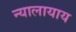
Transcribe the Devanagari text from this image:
न्यालायाय